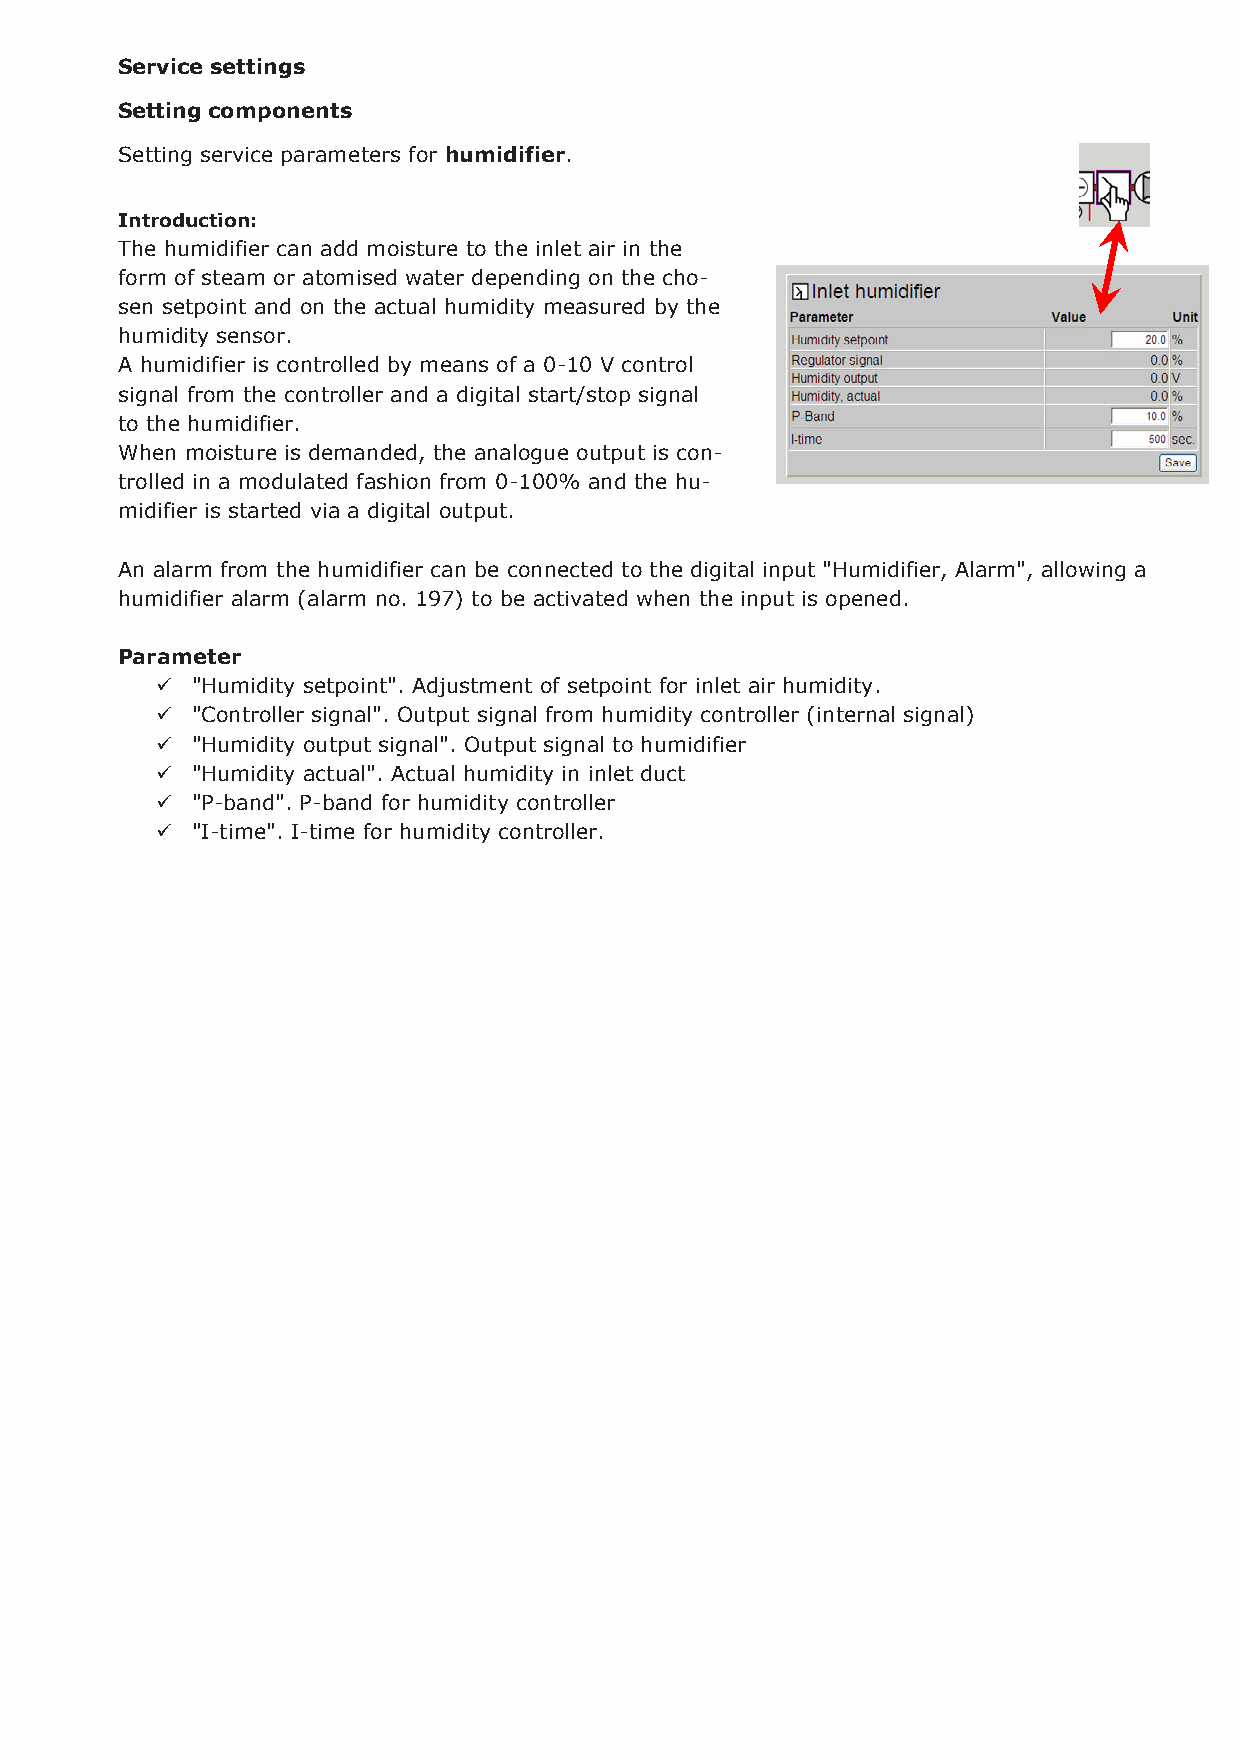
Service settings
 Setting components
 Setting service parameters for humidifier.
 Introduction:
 The humidifier can add moisture to the inlet air in the
 form of steam or atomised water depending on the cho-
 sen setpoint and on the actual humidity measured by the
 humidity sensor.
 A humidifier is controlled by means of a 0-10 V control
 signal from the controller and a digital start/stop signal
 to the humidifier.
 When moisture is demanded, the analogue output is con-
 trolled in a modulated fashion from 0-100% and the hu-
 midifier is started via a digital output.
 An alarm from the humidifier can be connected to the digital input "Humidifier, Alarm", allowing a
 humidifier alarm (alarm no. 197) to be activated when the input is opened.
 Parameter
   "Humidity setpoint". Adjustment of setpoint for inlet air humidity.
   "Controller signal". Output signal from humidity controller (internal signal)
   "Humidity output signal". Output signal to humidifier
   "Humidity actual". Actual humidity in inlet duct
   "P-band". P-band for humidity controller
   "I-time". I-time for humidity controller.